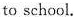
to school.